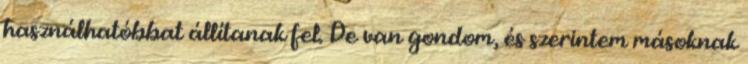
használhatóbbat állítanak fel. De van gondom, és szerintem másoknak